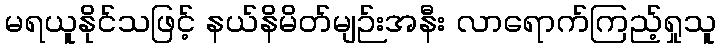
မရယူနိုင်သဖြင့် နယ်နိမိတ်မျဉ်းအနီး လာရောက်ကြည့်ရှုသူ